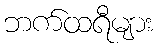
ဘက်ထရီများ